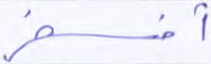
أفسحر